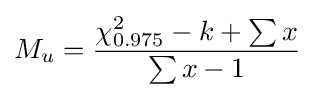
M_{u}={\frac {\chi _{0.975}^{2}-k+\sum x}{\sum x-1}}